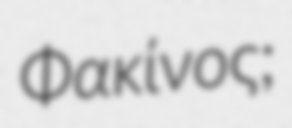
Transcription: Φακίνος;